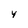
Character: 4